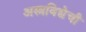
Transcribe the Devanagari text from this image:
अस्त्रविद्येची